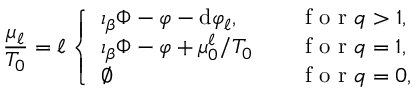
\frac { \mu _ { \ell } } { T _ { 0 } } = \ell \left\{ \begin{array} { l l } { \iota _ { \beta } \Phi - \varphi - \mathrm { d } \varphi _ { \ell } , } & { \quad \mathrm { ~ f ~ o ~ r ~ } q > 1 , } \\ { \iota _ { \beta } \Phi - \varphi + \mu _ { 0 } ^ { \ell } / T _ { 0 } } & { \quad \mathrm { ~ f ~ o ~ r ~ } q = 1 , } \\ { \varnothing } & { \quad \mathrm { ~ f ~ o ~ r ~ } q = 0 , } \end{array} \right.